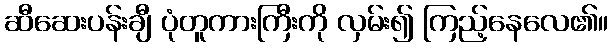
ဆီဆေးပန်းချီ ပုံတူကားကြီးကို လှမ်း၍ ကြည့်နေလေ၏။